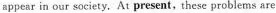
appear in our society, At present, these problems are